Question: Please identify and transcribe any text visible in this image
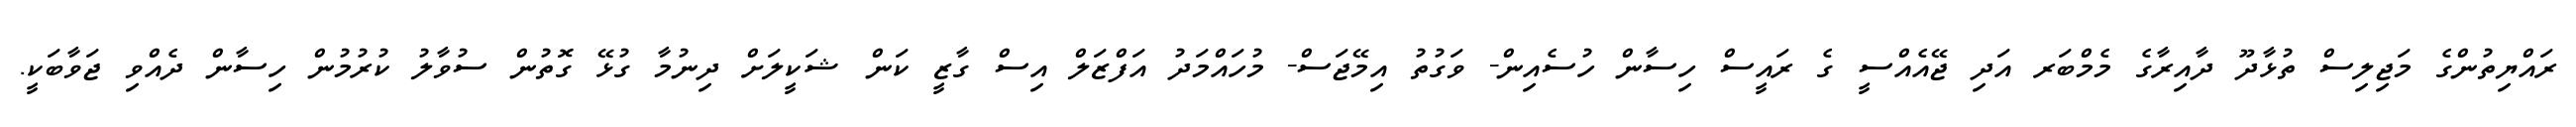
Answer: ރައްޔިތުންގެ މަޖިލިސް ތުޅާދޫ ދާއިރާގެ މެމްބަރ އަދި ޖޭއެއްސީ ގެ ރައީސް ހިސާން ހުސެއިން- ވަގުތު އިމޭޖަސް- މުހައްމަދު އަފްޒަލް އިސް ގާޒީ ކަން ޝަކީލަށް ދިނުމާ ގުޅޭ ގޮތުން ސުވާލު ކުރުމުން ހިސާން ދެއްވި ޖަވާބަކީ.